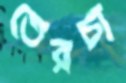
তেরচা